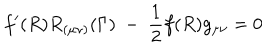
f ^ { \prime } ( R ) R _ { ( \mu \nu ) } ( \Gamma ) ~ - ~ \frac { 1 } { 2 } f ( R ) g _ { \mu \nu } = 0